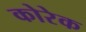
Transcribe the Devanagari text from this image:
कोरेक